Sketch of the medical history of the native army of Bombay, for the year
Year: 1870
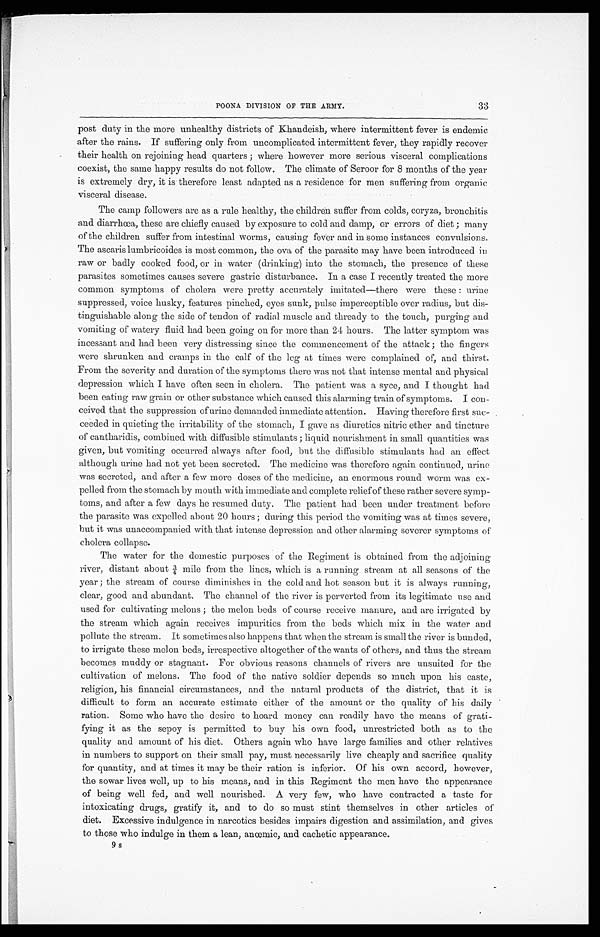
33
POONA DIVISION OF THE ARMY.
post duty in the more unhealthy districts of Khandeish, where intermittent fever is endemic
after the rains. If suffering only from uncomplicated intermittent fever, they rapidly recover
their health on rejoining head quarters; where however more serious visceral complications
coexist, the same happy results do not follow. The climate of Seroor for 8 months of the year
is extremely dry, it is therefore least adapted as a residence for men suffering from organic
visceral disease.
The camp followers are as a rule healthy, the children suffer from colds, coryza, bronchitis
and diarrhœa, these are chiefly caused by exposure to cold and damp, or errors of diet; many
of the children suffer from intestinal worms, Causing fever and in some instances convulsions.
The ascaris lumbricoides is most common, the ova of the parasite may have been introduced in
raw or badly cooked food, or in water (drinking) into the stomach, the presence of these
parasites sometimes causes severe gastric disturbance. In a case I recently treated the more
common symptoms of cholera were pretty accurately imitated—there were these: urine
suppressed, voice husky, features pinched, eyes sunk, pulse imperceptible over radius, but dis
-
tinguishable along the side of tendon of radial muscle and thready to the touch, purging and
vomiting of watery fluid had been going on for more than 24 hours. The latter symptom was
incessant and had been very distressing since the commencement of the attack ; the fingers
were shrunken and cramps in the calf of the leg at times were complained of, and thirst.
From the severity and duration of the symptoms there was not that intense mental and physical
depression which I have often seen in cholera. The patient was a syce, and I thought bad
been eating raw grain or other substance which caused this alarming train of symptoms. I con
-
ceived that the suppression of urine demanded immediate attention. Having therefore first su
c -
ceeded in quieting the irritability of the stomach, I gave as diuretics nitric ether and tincture
of cantharidis, combined with diffusible stimulants ; liquid nourishment in small quantities was
given, but vomiting occurred always after food, but the diffusible stimulants had an effect
although urine had not yet been secreted. The medicine was therefore again continued, urine
was secreted, and after a few more doses of the medicine, an enormous round worm was ex
-
pelled from the stomach by mouth with immediate and complete relief of these rather severe symp
-
toms, and after a few days he resumed duty. The patient had been under treatment before
the parasite was expelled about 20 hours; during this period the vomiting was at times severe,
but it was unaccompanied with that intense depression and other alarming severer symptoms of
cholera collapse.
The water for the domestic purposes of the Regiment is obtained from the adjoining
river, distant about ¾ mile from the lines, which is a running stream at all seasons of the
year; the stream of course diminishes in the cold and hot season but it is always running,
clear, good and abundant. The channel of the river is perverted from its legitimate use and
used for cultivating melons; the melon beds of course receive manure, and are irrigated by
the stream which again receives impurities from the beds which mix in the water and
pollute the stream. It sometimes also happens that when the stream is small the river is bunded,
to irrigate these melon beds, irrespective altogether of the wants of others, and thus the stream
becomes muddy or stagnant. For obvious reasons channels of rivers are unsuited for the
cultivation of melons. The food of the native soldier depends so much upon his caste,
religion, his financial circumstances, and the natural products of the district, that it is
difficult to form an accurate estimate either of the amount or the quality of his daily
ration. Some who have the desire to hoard money can readily have the means of grati
-
fying it as the sepoy is permitted to buy his own food, unrestricted both as to the
quality and amount of his diet. Others again who have large families and other relatives
in numbers to support on their small pay, must necessarily live cheaply and sacrifice quality
for quantity, and at times it may be their ration is inferior. Of his own accord, however,
the sowar lives well, up to his means, and in this Regiment the men have the appearance
of being well fed, and well nourished. A very few, who have contracted a taste for
intoxicating drugs, gratify it, and to do so must stint themselves in other articles of
diet. Excessive indulgence in narcotics besides impairs digestion and assimilation, and gives
to those who indulge in them a lean, anœmic, and cachetic appearance.
9s